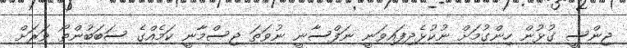
ޖިންސީ ގުޅުން ހިންގުމަށް ނުކުޅެދިފައިވަނީ ނަފްސާނީ ނުވަތަ ޖިސްމާނީ ކަމެއްގެ ސަބަބުންތޯ ވަރަށް